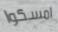
امسكوا